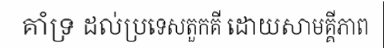
គាំទ្រ ដល់ប្រទេសតួកគី ដោយសាមគ្គីភាព